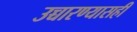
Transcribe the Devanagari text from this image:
उच्चारण्यासही